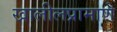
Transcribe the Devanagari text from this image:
खालीलप्रामाणे